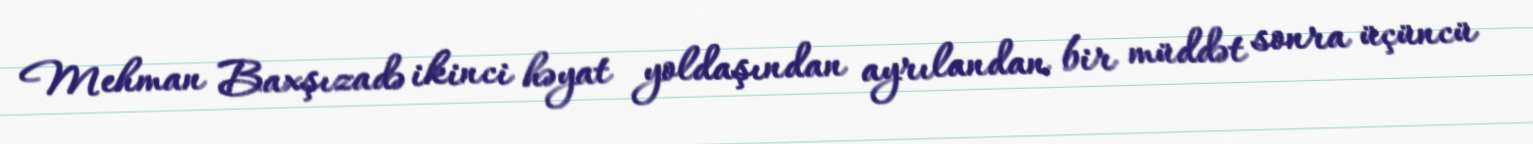
Mehman Baxşızadə ikinci həyat yoldaşından ayrılandan bir müddət sonra üçüncü